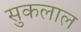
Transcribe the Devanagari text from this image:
सुकलाल